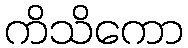
ကိသိကော